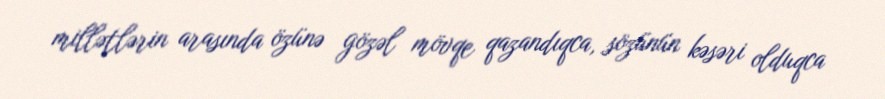
millətlərin arasında özünə gözəl mövqe qazandıqca, sözünün kəsəri olduqca